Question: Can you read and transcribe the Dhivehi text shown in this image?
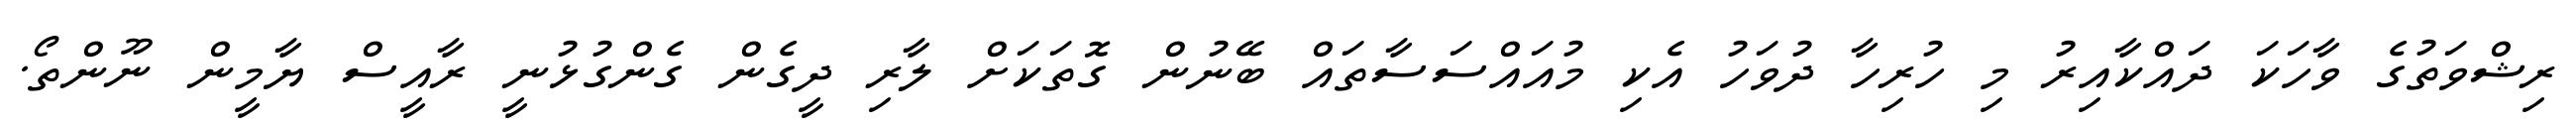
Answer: ރިޝްވަތުގެ ވާހަކަ ދައްކާއިރު މި ހުރިހާ ދުވަހު އެކި މުއައްސަސާތައް ބޭނުން ގޮތަކަށް ލާރި ދީގެން ގެންގުޅުނީ ރާއީސް ޔާމީން ނޫންތޯ.